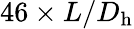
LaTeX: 46\times L/D_{\mathrm{h}}